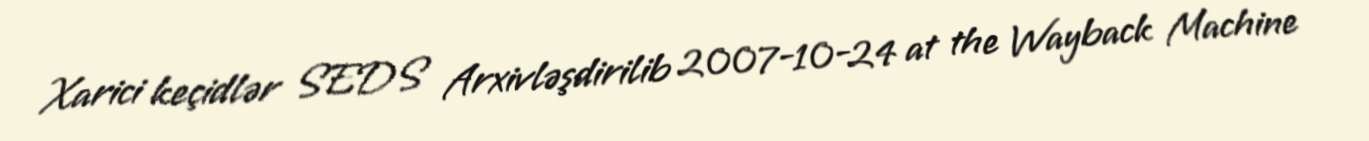
Xarici keçidlər SEDS Arxivləşdirilib 2007-10-24 at the Wayback Machine